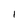
Character: I